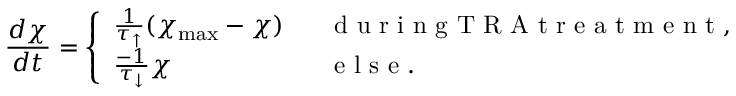
\frac { d \chi } { d t } = \left\{ \begin{array} { l l } { \frac { 1 } { \tau _ { \uparrow } } ( \chi _ { \operatorname* { m a x } } - \chi ) \ } & { \ \mathrm { ~ d ~ u ~ r ~ i ~ n ~ g ~ T ~ R ~ A ~ t ~ r ~ e ~ a ~ t ~ m ~ e ~ n ~ t ~ , ~ } } \\ { \frac { - 1 } { \tau _ { \downarrow } } \chi \ } & { \ \mathrm { ~ e ~ l ~ s ~ e ~ . ~ } } \end{array} \right.